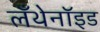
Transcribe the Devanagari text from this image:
लँथेनॉइड